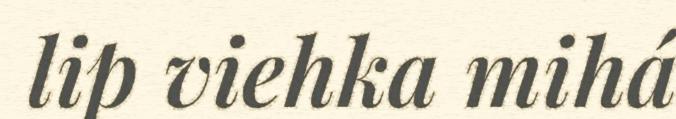
lip viehka mihá